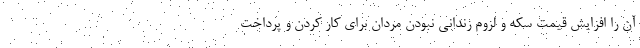
آن را افزایش قیمت سکه و لزوم زندانی نبودن مردان برای کار کردن و پرداخت